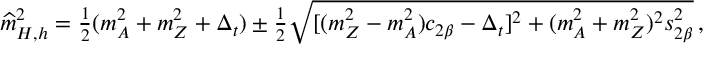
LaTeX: \widehat { m } _ { H , h } ^ { 2 } = { \textstyle { \frac { 1 } { 2 } } } ( m _ { A } ^ { 2 } + m _ { Z } ^ { 2 } + \Delta _ { t } ) \pm { \textstyle { \frac { 1 } { 2 } } } \sqrt { [ ( m _ { Z } ^ { 2 } - m _ { A } ^ { 2 } ) c _ { 2 \beta } - \Delta _ { t } ] ^ { 2 } + ( m _ { A } ^ { 2 } + m _ { Z } ^ { 2 } ) ^ { 2 } s _ { 2 \beta } ^ { 2 } } \, ,